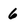
Character: 6